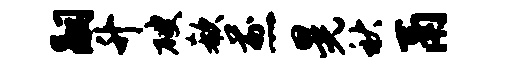
嗣升破欷煎晃秋鬲